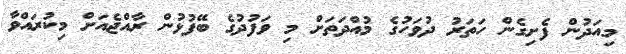
މިއަދުން ފެށިގެން ހަތަރު ދުވަހުގެ މުއްދަތަށް މި ވަފުދުގެ ބޭފުޅުން ރާއްޖެއަށް މިކުރައްވާ